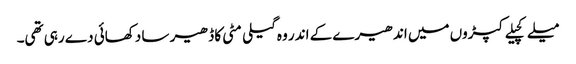
میلے کچیلے کپڑوں میں اندھیرے کے اندر وہ گیلی مٹی کا ڈھیر سا دکھائی دے رہی تھی۔